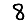
Digit: 8